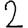
Digit: 2